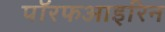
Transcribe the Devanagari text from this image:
पॉरफआइरिन